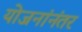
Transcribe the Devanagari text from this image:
योजनांनंतर